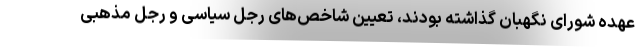
عهده شورای نگهبان گذاشته بودند، تعیین شاخص‌های رجل سیاسی و رجل مذهبی